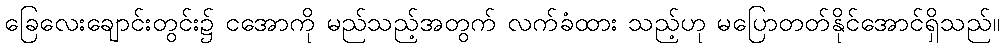
ခြေလေးချောင်းတွင်း၌ ငအောကို မည်သည့်အတွက် လက်ခံထား သည့်ဟု မပြောတတ်နိုင်အောင်ရှိသည်။